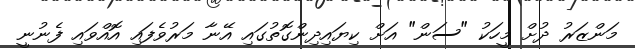
މަންޒަރު ދުށް މީހަކު "ސަން" އަށް ކިޔައިދިންގޮތުގައި އޭނާ މަރުވެފައި އޮއްވައި ފެނުނީ